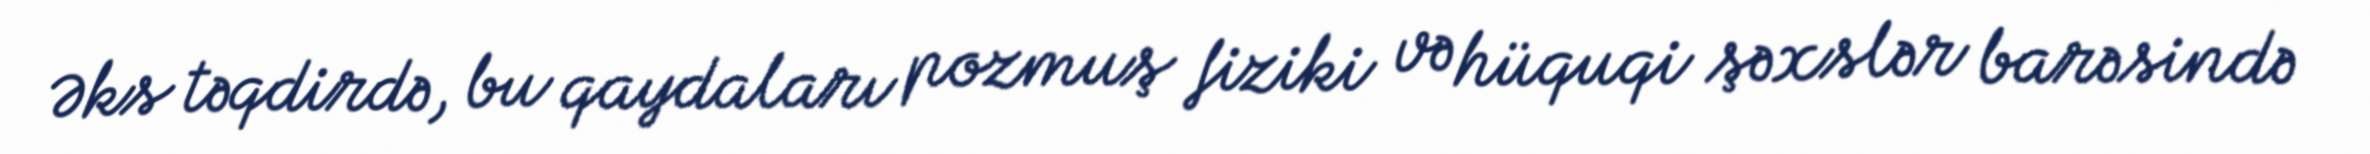
Əks təqdirdə, bu qaydaları pozmuş fiziki və hüquqi şəxslər barəsində